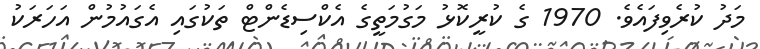
މަދު ކުރެވިފައެވެ. 1970 ގެ ކުރީކޮޅު މަގުމަތީގެ އެކްސިޑެންޓް ތަކުގައި އެގައުމުން އަހަރަކު